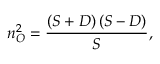
n _ { O } ^ { 2 } = \frac { \left( S + D \right) \left( S - D \right) } { S } ,